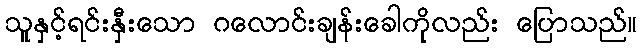
သူနှင့်ရင်းနှီးသော ဂလောင်းချန်းခေါကိုလည်း ပြောသည်။